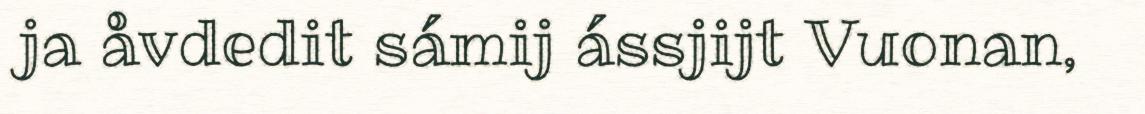
ja åvdedit sámij ássjijt Vuonan,